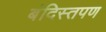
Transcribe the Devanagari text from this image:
बंदिस्तपण